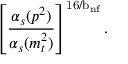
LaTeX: \left[ \frac { \alpha _ { s } ( p ^ { 2 } ) } { \alpha _ { s } ( m _ { t } ^ { 2 } ) } \right] ^ { { \mathrm { \footnotesize { 1 6 / b } } } _ { \mathrm { \scriptsize { n f } } } } .